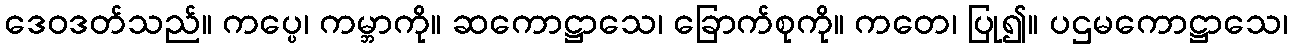
ဒေဝဒတ်သည်။ ကပ္ပေ၊ ကမ္ဘာကို။ ဆကောဋ္ဌာသေ၊ ခြောက်စုကို။ ကတေ၊ ပြု၍။ ပဌမကောဋ္ဌာသေ၊